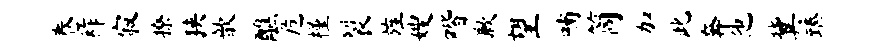
卷祚寂撩狭歆醮危槿裂旌嫂喈歉望喃筒加此奔他冀臻